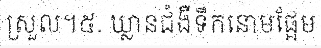
ស្រួល។៥. ឃ្លានជំងឺទឹកនោមផ្អែម